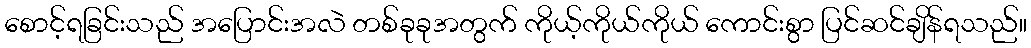
စောင့်ရခြင်းသည် အပြောင်းအလဲ တစ်ခုခုအတွက် ကိုယ့်ကိုယ်ကိုယ် ကောင်းစွာ ပြင်ဆင်ချိန်ရသည်။